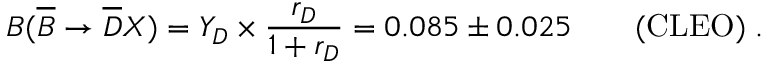
B ( \overline { { B } } \to \overline { { D } } X ) = Y _ { D } \times { \frac { r _ { D } } { 1 + r _ { D } } } = 0 . 0 8 5 \pm 0 . 0 2 5 \qquad \mathrm { ( C L E O ) } \; .